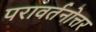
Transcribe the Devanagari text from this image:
परावर्तनोत्तर